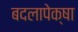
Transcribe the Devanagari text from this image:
बदलापेक्षा